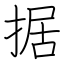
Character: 据